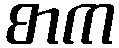
စာက